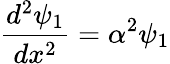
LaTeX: {\frac{d^{2}\psi_{1}}{dx^{2}}}=\alpha^{2}\psi_{1}